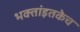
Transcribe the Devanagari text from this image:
भक्तांइतकेच